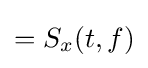
=S_{x}(t,f)